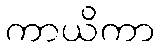
ကာယိကာ